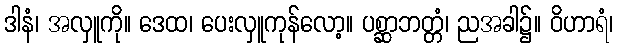
ဒါနံ၊ အလှူကို။ ဒေထ၊ ပေးလှူကုန်လော့။ ပစ္ဆာဘတ္တံ၊ ညအခါ၌။ ဝိဟာရံ၊